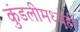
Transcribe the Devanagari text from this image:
कुंडलीमध्येही